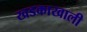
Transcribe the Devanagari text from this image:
खडकाखाली